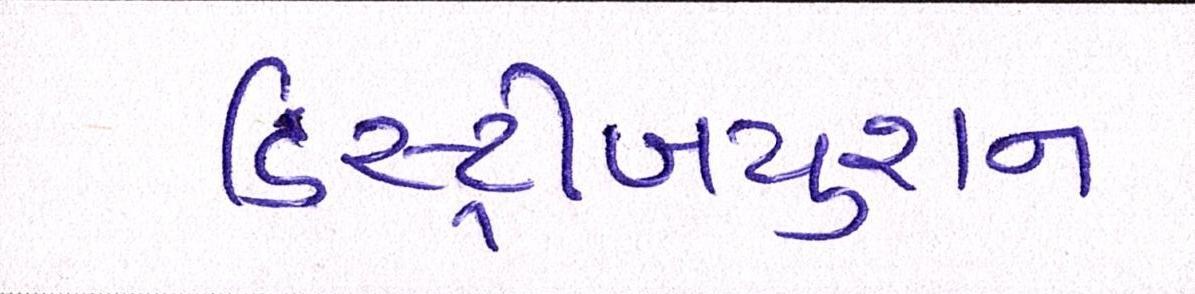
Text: ડિસ્ટ્રીબયુશન